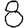
Digit: 8